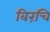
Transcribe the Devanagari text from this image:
बिरंचि